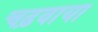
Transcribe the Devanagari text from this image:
चढ़वाया